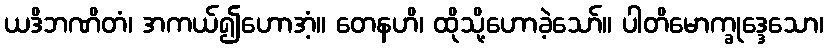
ယဒိဘဏိတံ၊ အကယ်၍ဟောအံ့။ တေနဟိ၊ ထိုသို့ဟောခဲ့သော်။ ပါတိမောက္ခုဒ္ဒေသော၊